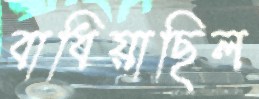
বাধিয়াছিল